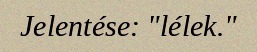
Jelentése: "lélek."